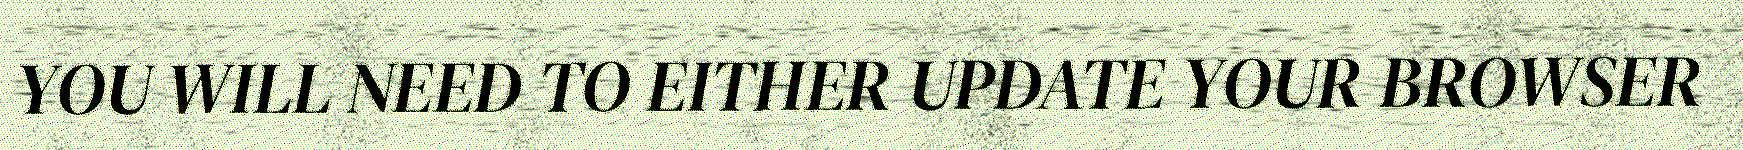
YOU WILL NEED TO EITHER UPDATE YOUR BROWSER